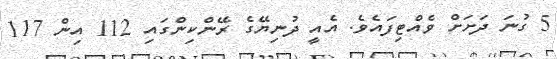
5 ގުނަ ދަށަށް ވެއްޓިފައެވެ. އެއީ ދުނިޔޭގެ ރޭންކިންގައި 112 އިން 117